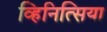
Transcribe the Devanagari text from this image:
व्हिनित्सिया